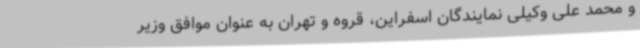
و محمد علی وکیلی نمایندگان اسفراین، قروه و تهران به عنوان موافق وزیر